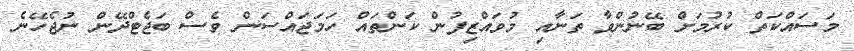
މަސައްކަތް ކުރުމަށް ބޭނުންވާ ތަނާއި މުވައްޒިފުން ކަންތައް ހަމަޖައްސަން ވެސް ބަޖެޓްދޭން ނުޖެހޭނެ